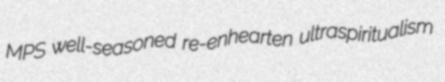
MPS well-seasoned re-enhearten ultraspiritualism